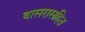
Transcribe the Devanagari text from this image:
वासरासहित